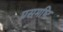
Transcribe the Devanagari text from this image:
प्रसमष्‍टि